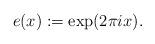
LaTeX: \begin{align*}e(x):=\exp(2\pi i x).\end{align*}